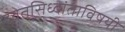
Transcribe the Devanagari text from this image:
दवेतसिध्दांताविषयी